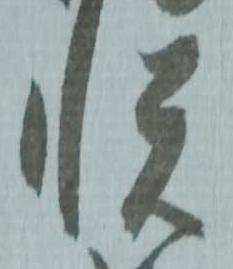
悦